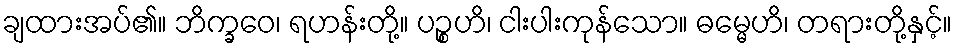
ချထားအပ်၏။ ဘိက္ခဝေ၊ ရဟန်းတို့။ ပဉ္စဟိ၊ ငါးပါးကုန်သော။ ဓမ္မေဟိ၊ တရားတို့နှင့်။